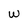
Character: w